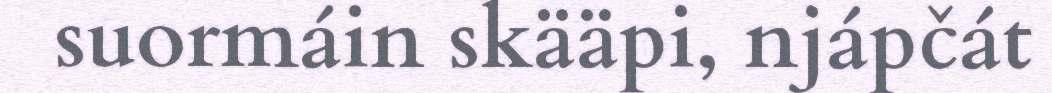
suormáin skääpi, njápčát